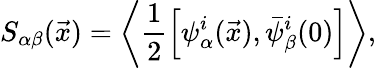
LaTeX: S_{\alpha\beta}(\vec{x})=\left<\frac{1}{2}\left[\psi_{\alpha}^{i}(\vec{x}),\bar{\psi}_{\beta}^{i}(0)\right]\right>,